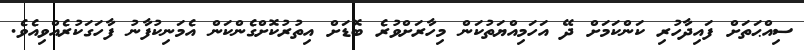
ސިއްޙަތަށް ފައިދާހުރި ކަންކަމަށް ދޭ އަހަމިއްޔަތުކަން މިހާރަށްވުރެ ބޮޑަށް އިތުރުކޮށްގެންކަން އެމަނިކުފާނު ފާހަގަކުރެއްވިއެވެ.